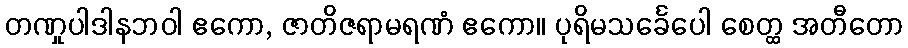
တဏှုပါဒါနဘဝါ ဧကော, ဇာတိဇရာမရဏံ ဧကော။ ပုရိမသင်္ခေပေါ စေတ္ထ အတီတော